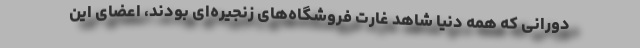
دورانی که همه دنیا شاهد غارت فروشگاه‌های زنجیره‌ای بودند، اعضای این